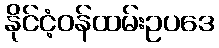
နိုင်ငံ့ဝန်ထမ်းဥပဒေ